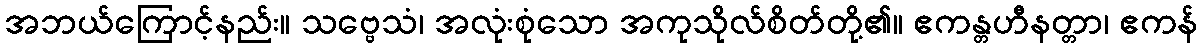
အဘယ်ကြောင့်နည်း။ သဗ္ဗေသံ၊ အလုံးစုံသော အကုသိုလ်စိတ်တို့၏။ ဧကန္တဟီနတ္တာ၊ ဧကန်